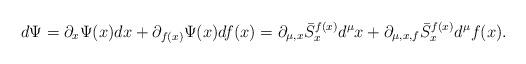
LaTeX: \begin{align*}d\Psi=\partial_{x}\Psi(x) dx +\partial_{f(x)}\Psi(x)df(x)=\partial_{\mu,x} \bar{S}^{f(x)}_{x}d^{\mu}x+\partial_{\mu,x,f} \bar{S}^{f(x)}_{x}d^{\mu}f(x).\end{align*}